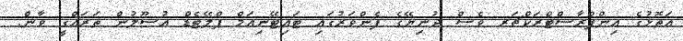
އަތޮޅުގެ އިންފްރާސްޓްރަކްޗަރ ވެސް ދުނިޔޭގެ ފެންވަރުގައި ޓައިޓޭނިއަމް ޕްލޭޓެޑް އުސޫލުން ތަރައްގީ ވާން.